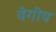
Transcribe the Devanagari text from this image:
वेगीय